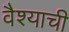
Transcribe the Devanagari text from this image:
वैश्याची